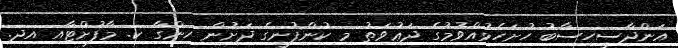
އަންދާސީހިސާބު ހުށަހެޅުއްވުމުގެ ދަޢުވަތު މި ކުންފުނީގެ ދަށުން ހިންގާ ކ. މާފުށްޓާއި އދ.